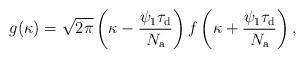
LaTeX: \begin{align*}g(\kappa)=\sqrt{2\pi}\left(\kappa-\frac{\psi_{1}\tau_{\rm d}}{N_{\rm a}}\right)f\left(\kappa+\frac{\psi_{1}\tau_{\rm d}}{N_{\rm a}}\right),\end{align*}